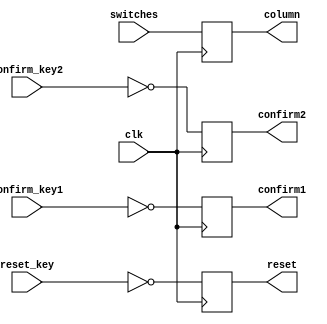
module InputProcessor (
    input clk,               
    input [2:0] switches,    
    input confirm_key1,       
input confirm_key2,
    input reset_key,       
    output reg [2:0] column, 
    output reg confirm1,       
output reg confirm2,
    output reg reset        
);

    always @(posedge clk) begin
        column <= switches; 
    end

    always @(posedge clk) begin
        confirm1 <= !confirm_key1; 
	confirm2 <= !confirm_key2;
        reset <= !reset_key;      
    end

endmodule